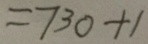
= 7 3 0 + 1